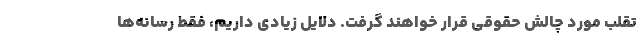
تقلب مورد چالش حقوقی قرار خواهند گرفت. دلایل زیادی داریم، فقط رسانه‌ها